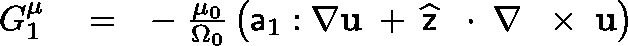
\begin{array} { r l r } { G _ { 1 } ^ { \mu } } & { { } = } & { - \; \frac { \mu _ { 0 } } { \Omega _ { 0 } } \left( { \sf a } _ { 1 } : \nabla { \bf u } \; + \frac { } { } \widehat { \sf z } \, \mathrm { ~ \boldmath ~ \cdot ~ } \, \nabla \, \mathrm { ~ \boldmath ~ \times ~ } \, { \bf u } \right) } \end{array}